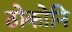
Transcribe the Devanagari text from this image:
ठोकोनि